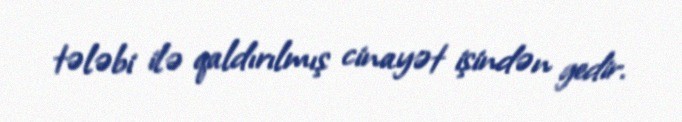
tələbi ilə qaldırılmış cinayət işindən gedir.